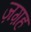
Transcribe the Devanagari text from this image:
ज़ग़ह